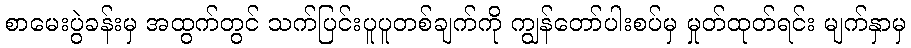
စာမေးပွဲခန်းမှ အထွက်တွင် သက်ပြင်းပူပူတစ်ချက်ကို ကျွန်တော်ပါးစပ်မှ မှုတ်ထုတ်ရင်း မျက်နှာမှ